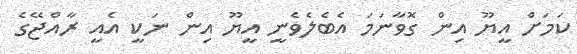
ކަމަށް އީޔޫ އިން ގޮވާނަމަ އެބެލެވެނީ އީޔޫ އިން ނަކީ އެއީ ރާއްޖޭގެ